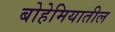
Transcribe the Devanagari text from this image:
बोहेमियातील